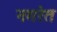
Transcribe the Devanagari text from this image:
नगरेत